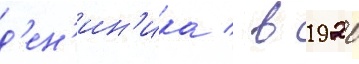
д'ен'ин'ика / в 1920